Annual statistical returns and brief notes on vaccination in Bengal - 1909-1929
Year: 1909
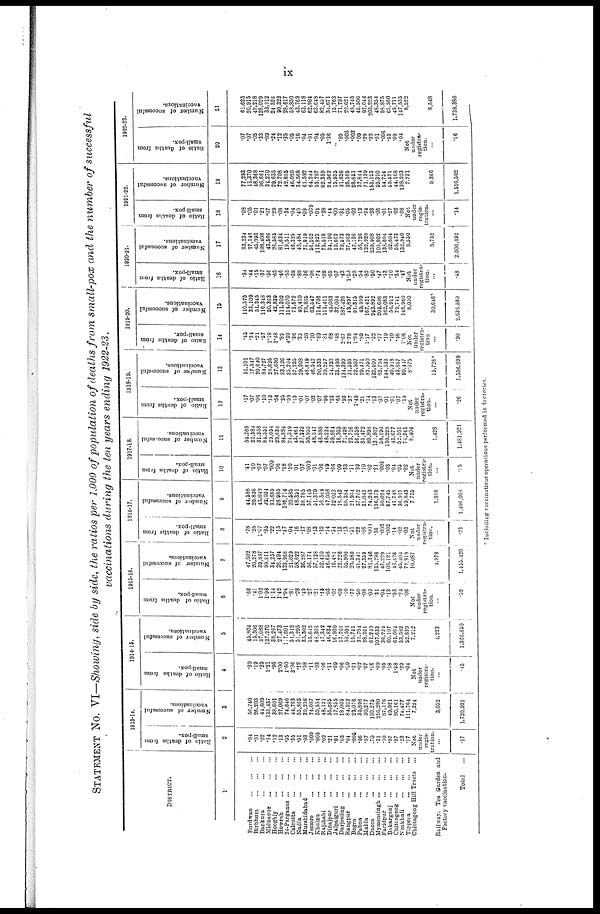
ix
STATEMENT No. VI—Showing, side by side, the ratios per 1,000 of population of deaths from small-pox and the number of successful
vaccinations during the ten years ending 1922-23.
DISTRICT.
1
Burdwan
...
...
...
Birbhum
...
...
...
Bankura
...
...
...
Midnapur
...
...
...
Hooghly
...
...
...
Howrah
...
...
...
24-Parganas
...
...
...
Calcutta
...
...
...
Nadia
...
...
...
Murshidabad
...
...
Jessore
...
...
...
Khulna
...
...
...
Rajshahi
...
...
...
Dinajpur
...
...
...
Jalpaiguri ... ... ...
Darjeeling
...
...
...
Rangpur
...
...
...
Bogra
...
...
...
Pabna
...
...
...
Malda
...
...
...
Dacca
...
...
...
Mymensingh
...
...
...
Faridpur
...
...
...
Bakarganj
...
...
...
Chittagong
...
...
...
Noakhali
...
...
...
Tippera
...
...
...
Chittagong Hill Tracts ...
Railway Tea Garden and
Factory vaccination.
Total ...
1913-14.
Ratio of deaths from
small-pox.
2
.04
.01
.02
.14
.12
.13
.05
.35
.01
.03
.009
.005
.02
.21
.01
.03
.01
.005
.06
.07
.70
.31
.10
.07
.97
.23
.17
Not
under
regis-
tration.
...
.17
Number of successful
vaccinations.
3
56,740
26,203
44,609
135,437
38,601
27,069
74,646
44,763
55,865
39,258
74,087
59,554
48,121
55,685
17,855
18,005
84,912
23,076
35,898
30,277
100,275
216,280
87,176
49,921
80,161
74,477
111,764
7,224
3,052
1,720,991
1914-15.
Ratio of deaths from
small-pox.
4
.39
.19
.25
1.21
.96
2.00
1.60
3.06
.12
.58
.11
.03
.06
.11
.09
.06
.09
.21
.07
.07
.16
.09
.05
.18
1.58
.29
.04
Not
under
registra-
tion.
...
.45
Number of successful
vaccinations.
5
45,804
15,306
37,088
127,270
38,267
27,473
117,601
51,312
51,295
35,302
55,642
48,303
47,342
46,834
16,930
17,701
59,591
19,741
31,704
28,361
61,249
107,633
36,224
60,107
61,064
53,582
52,839
7,212
4,223
1,366,650
1915-16.
Ratio of deaths from
small-pox.
6
.66
.41
1.02
1.98
1.14
1.42
1.94
.81
.28
.49
.27
.21
.15
.03
.02
.09
.10
.77
.50
.08
.09
.31
.04
.13
.55
.24
.06
Not
under
registra-
tion.
...
.52
Number of successful
vaccinations.
7
47,602
20,278
39,897
99,811
34,257
26,494
123,968
21,029
58,622
36,287
56,174
57,128
52,420
46,658
16,481
22,226
55,900
20,380
41,341
27,359
81,346
135,798
47,229
108,121
46,426
45,404
72,819
10,087
4,978
1,455,420
1916-17.
Ratio of deaths from
small-pox.
8
.78
.25
1.07
.35
.22
.15
.47
.04
.16
.17
.08
.13
.12
.14
.54
.13
.13
.51
.20
.06
.004
.36
.002
.002
.14
.02
.03
Not
under
registra-
tion.
...
.23
Number of successful
vaccinations.
9
44,588
20,836
43,040
92,034
33,685
28,985
106,714
20,585
48,351
38,785
57,145
51,379
56,544
47,058
32,033
18,543
68,384
21,954
37,762
31,043
74,243
136,373
50,024
97,745
41,748
36,911
59,843
7,755
1,918
1,406,008
1917-18.
Ratio of deaths from
small-pox.
10
.41
.10
.07
.07
.009
.06
.18
.10
.01
.07
.009
.01
.06
.49
.66
.09
.33
.11
.92
.10
.02
.21
.006
.03
.04
.05
.02
Not
under
registra-
tion.
...
.15
Number of successful
vaccinations.
11
54,268
22,384
31,358
84,551
29,054
29,634
84,884
24,349
43,461
37,233
50,959
48,547
48,888
48,234
59,664
16,305
71,428
23,716
56,558
35,472
80,893
131,807
58,190
130,228
43,677
52,101
74,241
8,404
1,428
1,481,921
1918-19.
Ratio of deaths from
small-pox.
12
.17
.07
.06
.10
.13
.54
.25
.99
.13
.01
.07
.02
.07
.96
.23
.66
.93
.37
1.49
.21
.14
.13
.07
.01
.01
.07
.19
Not
under
registra-
tion.
...
.26
Number of successful
vaccinations.
13
51,101
17,947
20,640
84,727
26,625
27,650
93,126
35,204
37,235
29,208
48,619
46,542
50,533
59,257
24,720
33,495
134,399
31,593
52,507
29,471
82,950
132,400
62,794
144,533
40,918
43,657
90,417
8,075
15,726
1,556,099
1919-20.
Ratio of deaths from
small-pox.
14
.45
.34
.21
.57
1.18
1.48
.83
4.39
.96
.33
.20
.10
.69
.31
.68
.48
2.67
2.78
1.84
.30
1.17
.52
.77
.19
.10
.46
1.06
Not
under
registra-
tion
...
.90
Number of successful
vaccinations.
15
110,575
33,109
51,345
116,348
50,363
42,839
111,302
114,070
71,572
40,410
78,865
63,547
114,706
111,411
42,083
32,004
187,426
43,897
91,315
49,999
167,421
243,892
203,698
162,083
56,912
79,741
146,960
8,050
30,646
2,635,589
1920-21.
Ratio of deaths from
small-pox.
16
.34
.44
.15
.37
.56
.65
.46
.55
.38
.88
.36
.08
.74
.89
.65
.07
.43
1.33
.28
.54
.82
.50
.47
.13
.10
.34
.47
Not
under
registra-
tion.
...
.48
Number of successful
vaccinations.
17
83,234
27,146
45,093
108,408
43,566
25,585
81,634
19,511
46,325
40,484
71,919
56,202
112,823
75,518
34,190
19,662
79,573
37,303
47,138
56,726
132,929
239,908
109,802
133,694
62,604
59,473
132,940
8,550
8,752
2,006,692
1921-22.
Ratio of deaths from
small-pox.
18
.08
.05
.01
.21
.07
.29
.08
.34
.04
.40
.09
.009
.04
.28
.44
.00
.31
.05
.02
.12
.24
.23
.06
.01
.27
.02
.08
Not
under
regis-
tration.
...
.14
Number of successful
vaccinations.
19
77,293
11,370
48,368
96,661
34,270
29,635
72,708
42,695
46,020
34,568
61,592
64,244
53,797
82,359
24,962
15,935
31,626
25,169
28,651
37,844
71,139
153,123
59,390
54,754
59,571
44,168
138,223
7,731
9,366
1,516,502
1922-23.
Ratio of deaths from
small-pox.
20
.07
.07
.05
.33
.09
.24
.12
.35
.05
.16
.04
.01
.04
.05
1.36
.09
.005
.002
.09
.29
.22
.01
.006
.53
.09
.04
Not
under
registra-
tion.
...
.16
Number of successful
vaccinations.
21
61,625
20,915
42,218
128,029
33,912
24,526
90,323
28,617
58,850
43,769
63,118
62,904
63,648
82,457
34,671
15,763
71,797
22,621
48,745
45,506
97,044
203,223
48,354
58,875
65,560
49,711
147,535
8,522
8,548
1,738,386
Including vaccinations operations performed in factories.